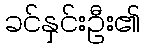
ခင်နှင်းဦး၏